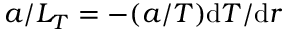
a / L _ { T } = - ( a / T ) \mathrm { d } T / \mathrm { d } r